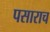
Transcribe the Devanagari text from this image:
पसाराच